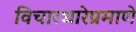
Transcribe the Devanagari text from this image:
विचारधारेप्रमाणे